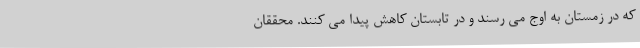
که در زمستان به اوج می رسند و در تابستان کاهش پیدا می کنند. محققان